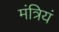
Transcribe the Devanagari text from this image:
मंत्रियं